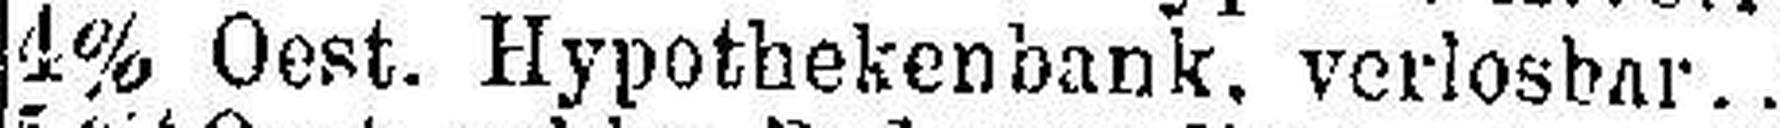
4% Oest. Hypothekenbank, verlosbar..